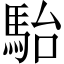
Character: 駘